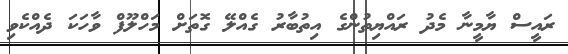
ރައީސް ޔާމީނާ މެދު ރައްޔިތުންގެ އިތުބާރު ގެއްލޭ ގޮތަށް މަހްލޫފް ވާހަކަ ދެއްކެވި